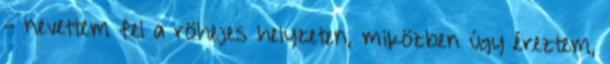
- nevettem fel a röhejes helyzeten, miközben úgy éreztem,